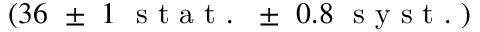
( 3 6 ~ \pm ~ 1 ~ \mathrm { ~ s ~ t ~ a ~ t ~ . ~ } ~ \pm ~ 0 . 8 ~ \mathrm { ~ s ~ y ~ s ~ t ~ . ~ } )